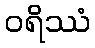
ဝရိဿံ